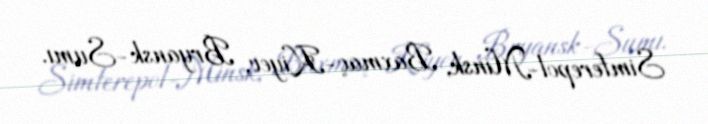
Simferepol-Minsk, Baxmaç-Kiyev, Bryansk-Sumı.